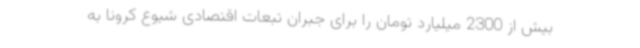
بیش از 2300 میلیارد تومان را برای جبران تبعات اقتصادی شیوع کرونا به